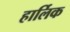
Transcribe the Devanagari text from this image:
हार्लिक